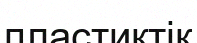
пластиктік